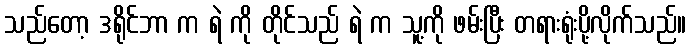
သည်တော့ ဒရိုင်ဘာ က ရဲ ကို တိုင်သည် ရဲ က သူ့ကို ဖမ်းပြီး တရားရုံးပို့လိုက်သည်။